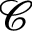
\mathcal { C }